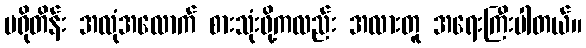
ပရိုတိန်း အလုံအလောက် စားသုံးဖို့ကလည်း အလားတူ အရေးကြီးပါတယ်။